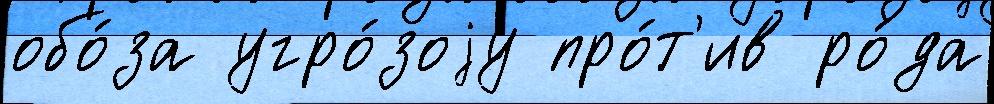
обо́за угро́зоjу про́т'ив ро́да